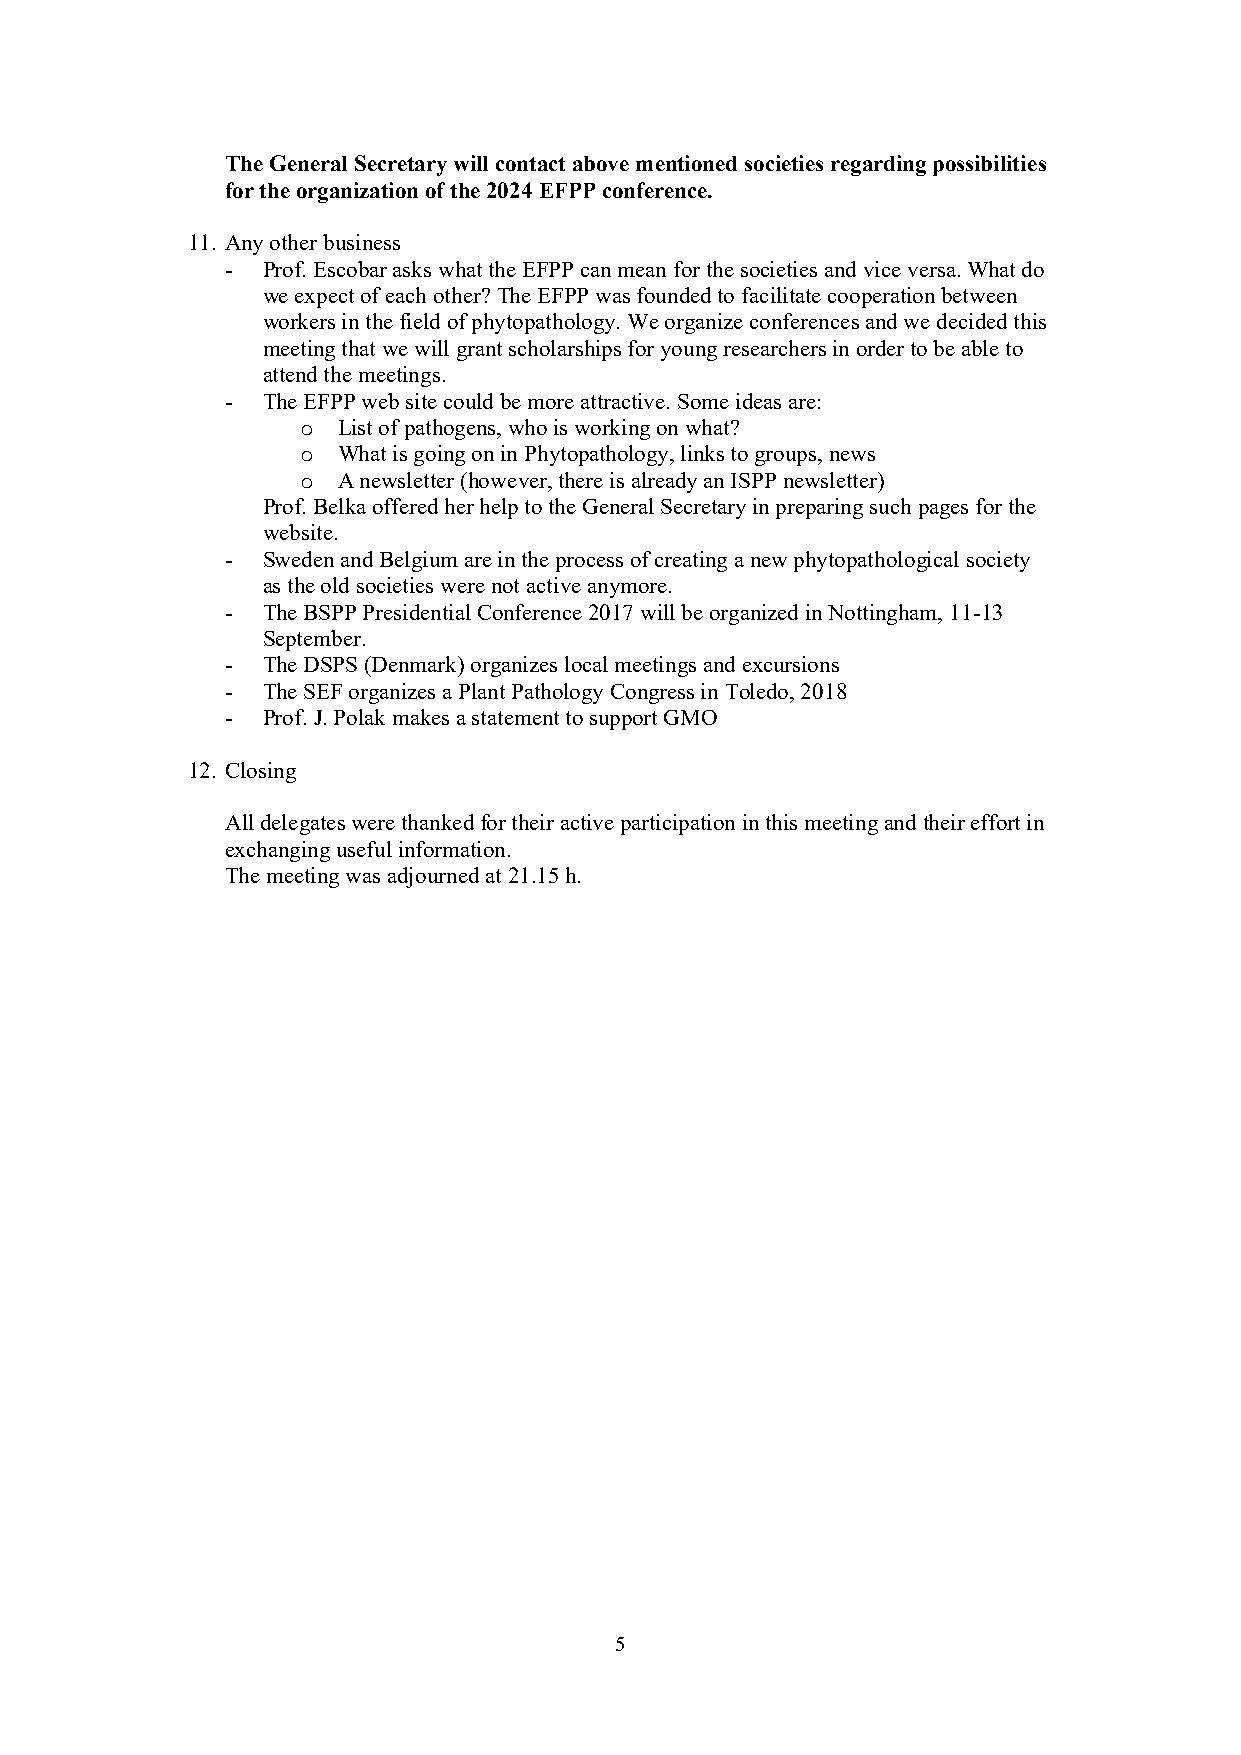
The General Secretary will contact above mentioned societies regarding possibilities
 for the organization of the 2024 EFPP conference.
 11. Any other business
 - Prof. Escobar asks what the EFPP can mean for the societies and vice versa. What do
 we expect of each other? The EFPP was founded to facilitate cooperation between
 workers in the field of phytopathology. We organize conferences and we decided this
 meeting that we will grant scholarships for young researchers in order to be able to
 attend the meetings.
 - The EFPP web site could be more attractive. Some ideas are:
 List of pathogens, who is working on what?
 o
 What is going on in Phytopathology, links to groups, news
 o
 A newsletter (however, there is already an ISPP newsletter)
 o
 Prof. Belka offered her help to the General Secretary in preparing such pages for the
 website.
 - Sweden and Belgium are in the process of creating a new phytopathological society
 as the old societies were not active anymore.
 - The BSPP Presidential Conference 2017 will be organized in Nottingham, 11-13
 September.
 - The DSPS (Denmark) organizes local meetings and excursions
 - The SEF organizes a Plant Pathology Congress in Toledo, 2018
 - Prof. J. Polak makes a statement to support GMO
 12. Closing
 All delegates were thanked for their active participation in this meeting and their effort in
 exchanging useful information.
 The meeting was adjourned at 21.15 h.
 5